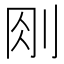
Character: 𠛧